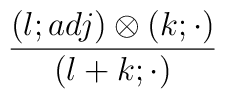
{\frac{(l;adj)\otimes(k;\cdot)}{(l+k;\cdot)}}